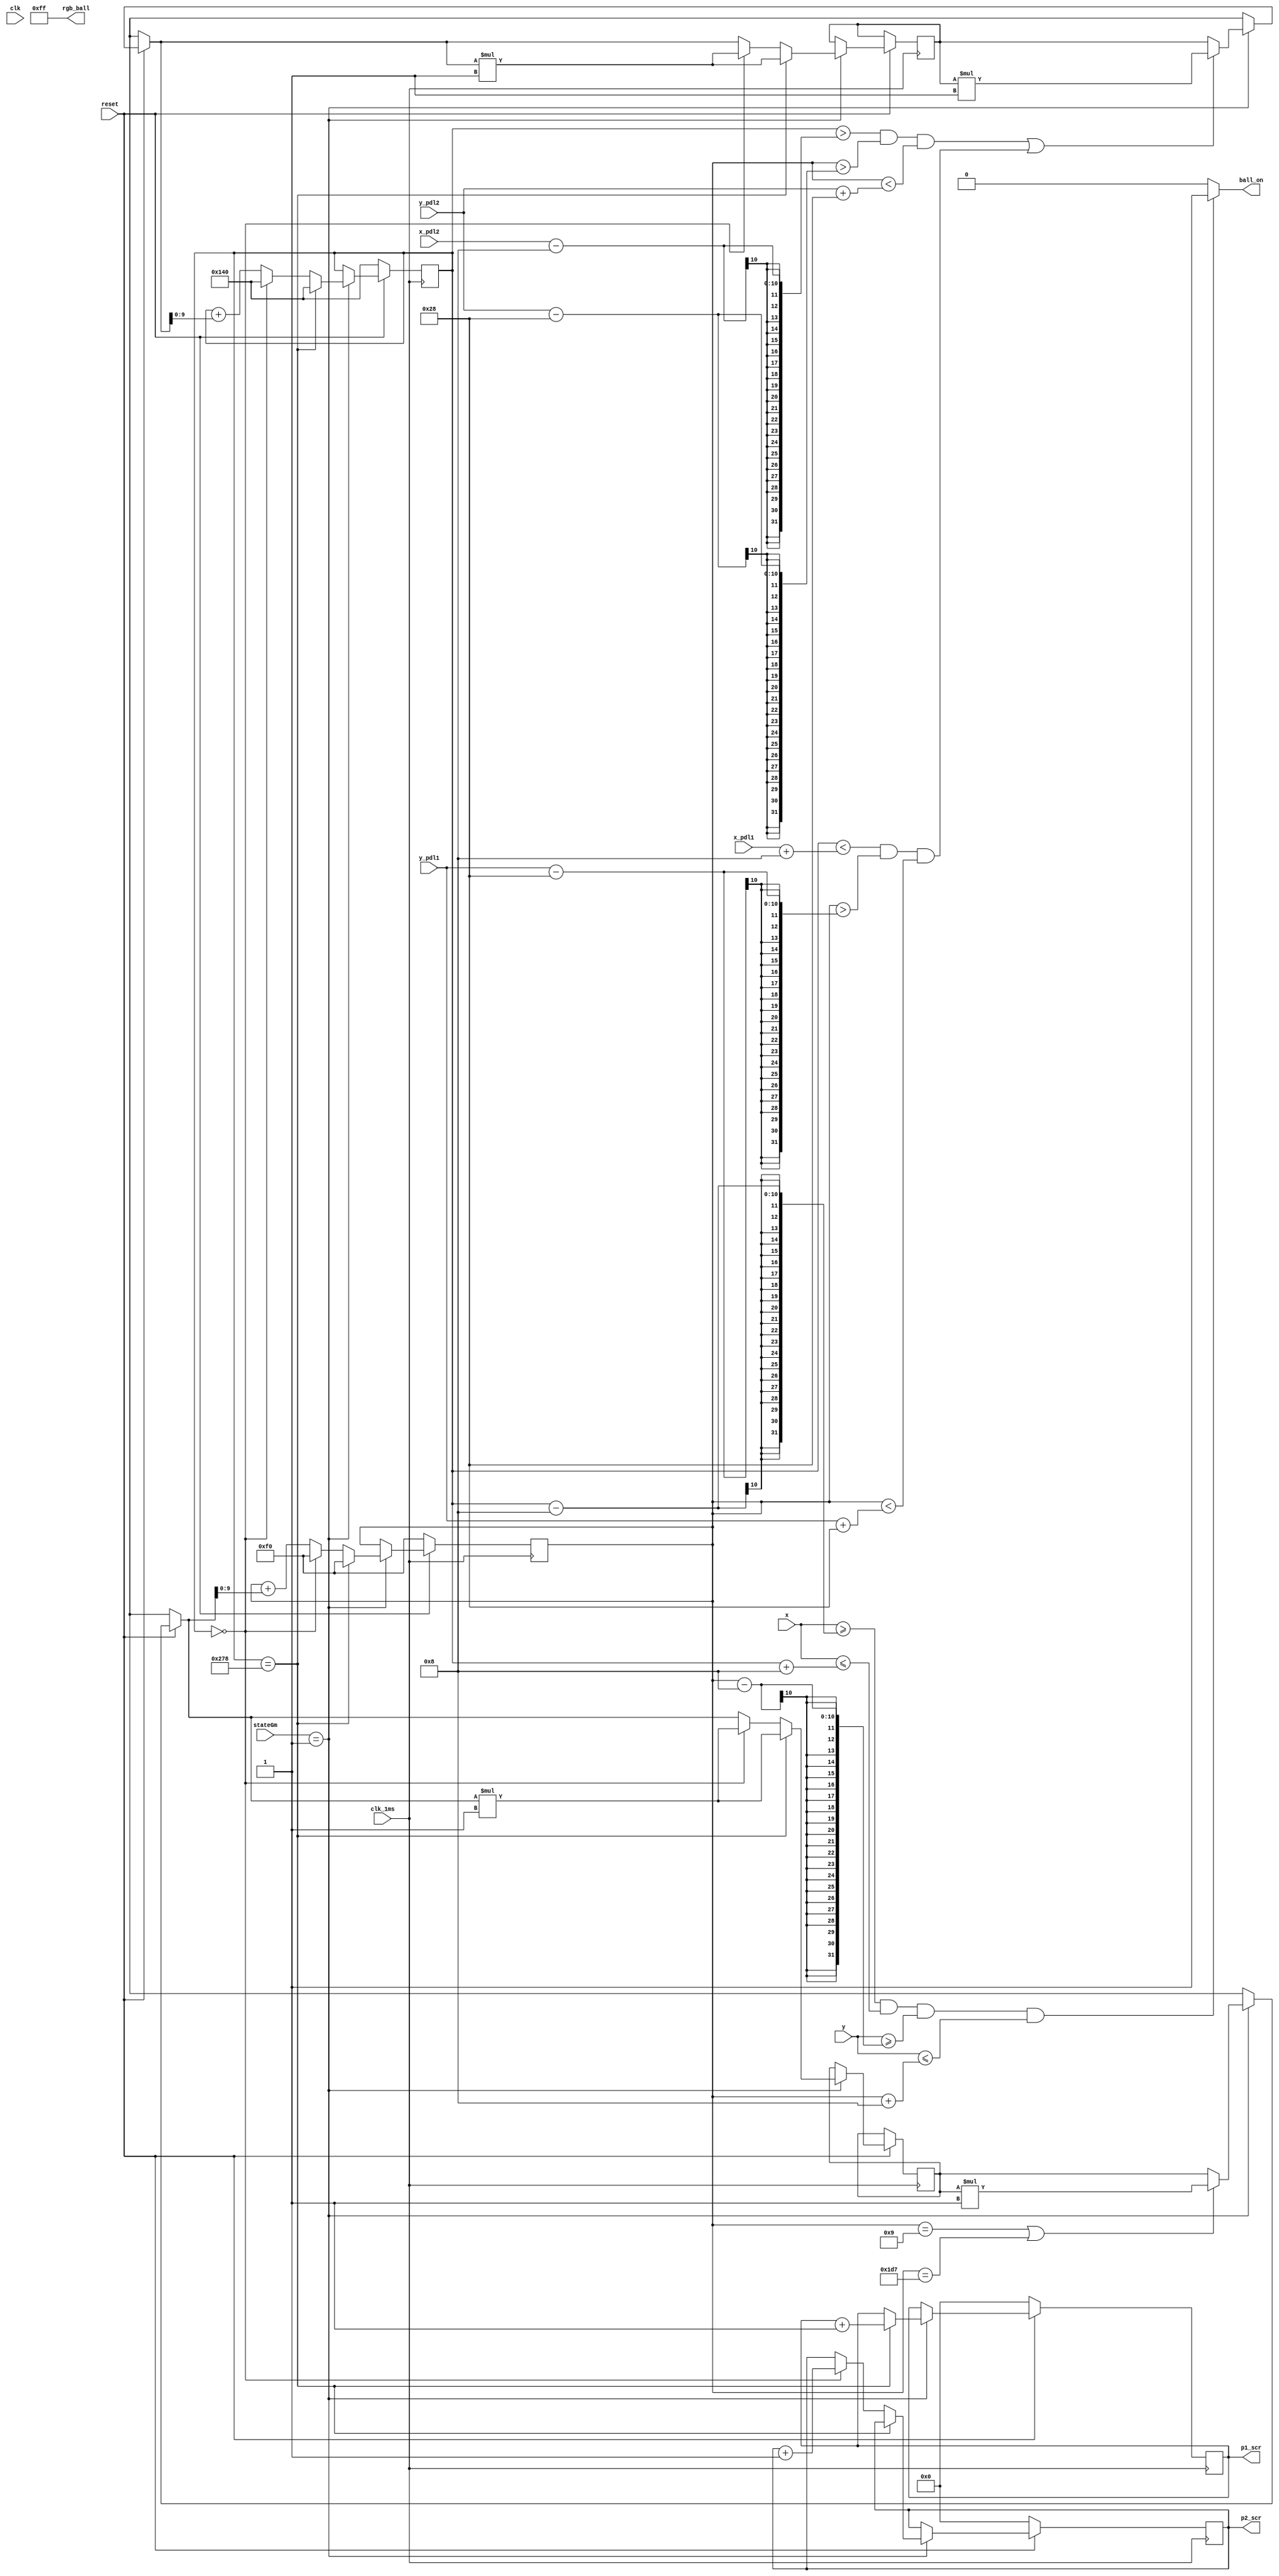
module Ball(
        	input clk,clk_1ms,reset,
        	input [9:0] x, y,
        	output ball_on,
        	output [11:0] rgb_ball,
        	input [9:0] x_pdl1, x_pdl2, y_pdl1, y_pdl2,
        	output reg [3:0]  p1_scr, p2_scr,
        	input [1:0] stateGm
        	);
           
        	//instantaneous direction of the ball
        	integer dx = 1, dy = 1;
           
        	//current position of the ball
        	reg [9:0] x_ball, y_ball;
                       
        	always @ (posedge clk_1ms)
        	begin
                    	if(!reset)
                    	begin
                                	x_ball <= 640/2;
                                	y_ball <= 480/2;
                                	p1_scr <= 0;
                                	p2_scr <= 0;   
                    	end
                    	else if (stateGm == 2'b01)
                    	begin
                       
                                	// collision with the screen edges
                                	if ((y_ball == (16/2)+1) || (y_ball == (480-(16/2)-1)))
                                            	dy = dy*-1;
 
                                	// after collision with the pdl,the direction of the ball changes
                                	if ((x_ball > (x_pdl2-16/2) && y_ball > (y_pdl2 - 80/2) && y_ball < (y_pdl2 + 80/2))
                                	|| (x_ball < (x_pdl1+16/2) && y_ball > (y_pdl1 - 80/2) && y_ball < (y_pdl1 + 80/2)))
                                            	dx = dx*-1;
                                   
                                	//which half of the screen was the ball -> other side wins
                                	if (x_ball == (640 -16/2))
                                	begin
                                            	x_ball <= 640/2;
                                            	y_ball <= 480/2;
                                            	dy = dy*-1;
                                            	dx = dx*-1;
                                            	p1_scr <= p1_scr+1;
                                	end
                                	else if (x_ball == 0)
                                	begin
                                            	x_ball <= 640/2;
                                            	y_ball <= 480/2;
                                            	dy = dy*-1;
                                            	dx = dx*-1;
                                            	p2_scr <= p2_scr+1;
                                	end
                                	else
                                	begin
                                            	x_ball <= x_ball + dx;
                                            	y_ball <= y_ball + dy; 
                                	end
                    	end
                    	else
                    	//stagnant state -> no hits
                    	begin
                                	x_ball <= x_ball;
                                	y_ball <= y_ball;
                    	end     
        	end
                       
        	assign ball_on = (x >= x_ball-(16/2) && x <= x_ball+(16/2) && y >= y_ball-(16/2) && y <= y_ball+(16/2))?1:0;
           
        	//design to render
        	assign rgb_ball = 12'b000011111111;
           
           
           
endmodule